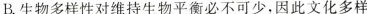
B.生物多样性对维持生物平衡必不可少，因此文化多样